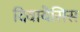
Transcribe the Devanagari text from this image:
दिवायेसिस